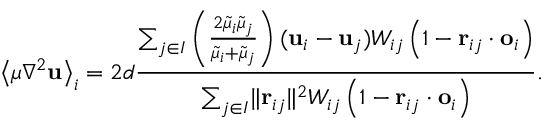
\left< \mu \nabla ^ { 2 } \mathbf { u } \right> _ { i } = 2 d \frac { \sum _ { j \in I } \left( \frac { 2 \widetilde { \mu } _ { i } \widetilde { \mu } _ { j } } { \widetilde { \mu } _ { i } + \widetilde { \mu } _ { j } } \right) ( \mathbf { u } _ { i } - \mathbf { u } _ { j } ) W _ { i j } \left( 1 - \mathbf { r } _ { i j } \cdot \mathbf { o } _ { i } \right) } { \sum _ { j \in I } \lVert \mathbf { r } _ { i j } \rVert ^ { 2 } W _ { i j } \left( 1 - \mathbf { r } _ { i j } \cdot \mathbf { o } _ { i } \right) } .